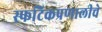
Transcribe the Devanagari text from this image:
स्फटिकप्रणालीचे